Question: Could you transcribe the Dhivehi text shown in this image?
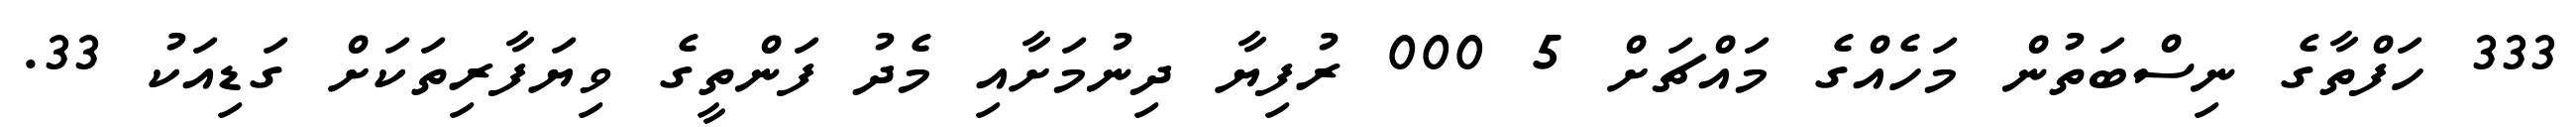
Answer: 333 ހަފްތާގެ ނިސްބަތުން މަހެއްގެ މައްޗަށް 5 000 ރުފިޔާ ދިނުމަށާއި މެދު ފަންތީގެ ވިޔަފާރިތަކަށް ގަޑިއަކު 33.